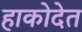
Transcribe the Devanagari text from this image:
हाकोदेत